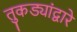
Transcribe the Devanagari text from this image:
तुकड्यांद्वारे